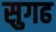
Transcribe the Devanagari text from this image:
सुगढ